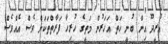
އުރީދޫ އިން ބުނީ ހަތް އަހަރުން މަތީގެ ހުރިހާ ފަރާތްތަކަށް ވެސް އެއްވެސް